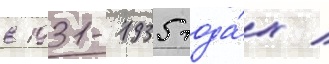
в 1931-1935 года́х /